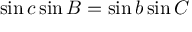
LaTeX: \sin c \sin B = \sin b \sin C